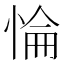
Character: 惀